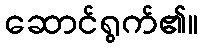
ဆောင်ရွက်၏။